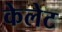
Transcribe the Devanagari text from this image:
केलेट